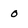
Character: 0